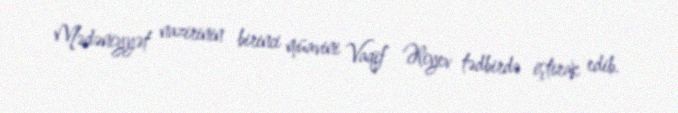
Mədəniyyət nazirinin birinci müavini Vaqif Əliyev tədbirdə iştirak edib.